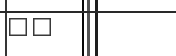
٣٣